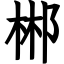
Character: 郴